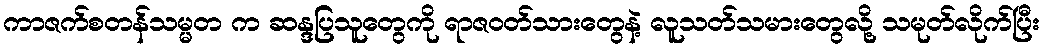
ကာဇက်စတန်သမ္မတ က ဆန္ဒပြသူတွေကို ရာဇဝတ်သားတွေနဲ့ လူသတ်သမားတွေလို့ သမုတ်လိုက်ပြီး